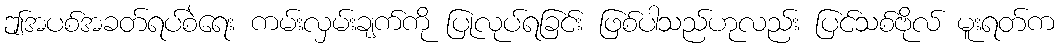
ဤအပစ်အခတ်ရပ်စဲရေး ကမ်းလှမ်းချက်ကို ပြုလုပ်ရခြင်း ဖြစ်ပါသည်ဟုလည်း ပြင်သစ်ဗိုလ် မူးရတ်က